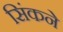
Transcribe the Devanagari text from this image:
सिंकने